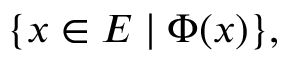
\{ x \in E \mid \Phi ( x ) \} ,